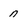
Character: n